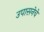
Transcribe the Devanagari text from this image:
उपासनेचे